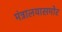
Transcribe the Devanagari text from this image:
मंत्रालयासमोर